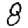
Digit: 8